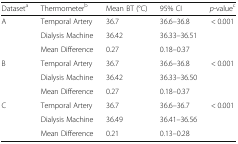
<table><thead><tr><td><b>Dataset<sup>a</sup></b></td><td><b>Thermometer<sup>b</sup></b></td><td><b>Mean BT (°C)</b></td><td><b>95% CI</b></td><td><b><i>p</i>-value<sup>c</sup></b></td></tr></thead><tbody><tr><td rowspan="3">A</td><td>Temporal Artery</td><td>36.7</td><td>36.6–36.8</td><td rowspan="2">&lt; 0.001</td></tr><tr><td>Dialysis Machine</td><td>36.42</td><td>36.33–36.51</td></tr><tr><td>Mean Difference</td><td>0.27</td><td>0.18–0.37</td><td></td></tr><tr><td rowspan="3">B</td><td>Temporal Artery</td><td>36.7</td><td>36.6–36.8</td><td rowspan="2">&lt; 0.001</td></tr><tr><td>Dialysis Machine</td><td>36.42</td><td>36.33–36.50</td></tr><tr><td>Mean Difference</td><td>0.27</td><td>0.18–0.37</td><td></td></tr><tr><td rowspan="3">C</td><td>Temporal Artery</td><td>36.7</td><td>36.6–36.7</td><td rowspan="2">&lt; 0.001</td></tr><tr><td>Dialysis Machine</td><td>36.49</td><td>36.41–36.56</td></tr><tr><td>Mean Difference</td><td>0.21</td><td>0.13–0.28</td><td></td></tr></tbody></table>